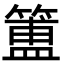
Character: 簠